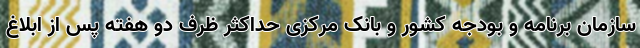
سازمان برنامه و بودجه کشور و بانک مرکزی حداکثر ظرف دو هفته پس از ابلاغ